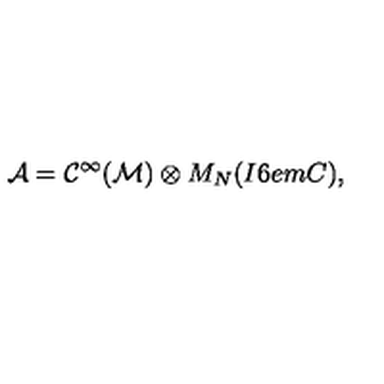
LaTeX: { \cal A } = { \cal C } ^ { \infty } ( { \cal M } ) \otimes M _ { N } ( { I \kern - . 6 e m C } ) ,